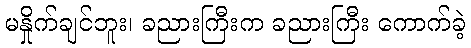
မနှိုက်ချင်ဘူး၊ ခညားကြီးက ခညားကြီး ကောက်ခဲ့